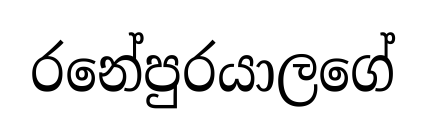
රනේපුරයාලගේ